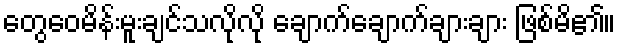
တွေဝေမိန်းမူးချင်သလိုလို ချောက်ချောက်ချားချား ဖြစ်မိ၏။